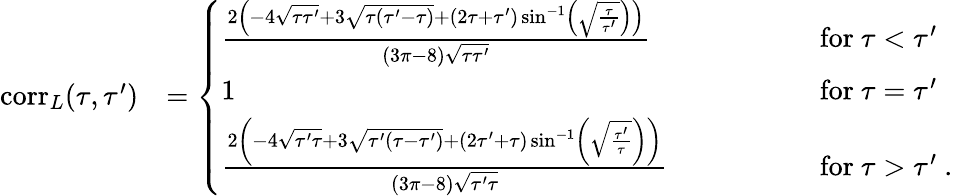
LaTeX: \begin{array}{rl}{\mathrm{corr}_{L}(\tau,\tau^{\prime})}&{=\left\{ \begin{array}{ll}{\frac{2\left(-4\sqrt{\tau\tau^{\prime}}+3\sqrt{\tau(\tau^{\prime}-\tau)}+(2\tau+\tau^{\prime})\sin^{-1}\left(\sqrt{\frac{\tau}{\tau^{\prime}}}\right)\right)}{(3\pi-8)\sqrt{\tau\tau^{\prime}}}\qquad\quad\, }&{\mathrm{for}\ \tau<\tau^{\prime}}\\ {1\quad\ \ \qquad\qquad\qquad\qquad\qquad\qquad\qquad\qquad\qquad\, }&{\mathrm{for}\ \tau=\tau^{\prime}}\\ {\frac{2\left(-4\sqrt{\tau^{\prime}\tau}+3\sqrt{\tau^{\prime}(\tau-\tau^{\prime})}+(2\tau^{\prime}+\tau)\sin^{-1}\left(\sqrt{\frac{\tau^{\prime}}{\tau}}\right)\right)}{(3\pi-8)\sqrt{\tau^{\prime}\tau}}\qquad}&{\mathrm{for}\ \tau>\tau^{\prime}\ .}\end{array}\right.}\end{array}